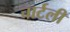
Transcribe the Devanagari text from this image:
चार्टली